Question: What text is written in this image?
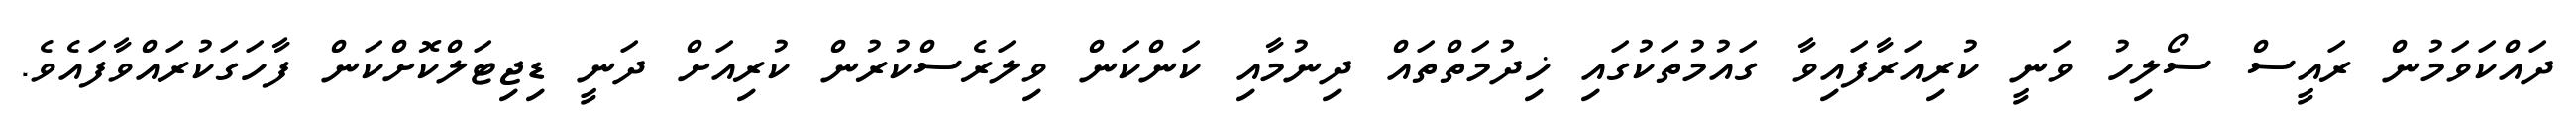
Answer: ދައްކަވަމުން ރައީސް ސޯލިހު ވަނީ ކުރިއަރާފައިވާ ގައުމުތަކުގައި ޚިދުމަތްތައް ދިނުމާއި ކަންކަން ވިލަރެސްކުރުން ކުރިއަށް ދަނީ ޑިޖިޓަލްކޮށްކަން ފާހަގަކުރައްވާފައެވެ.